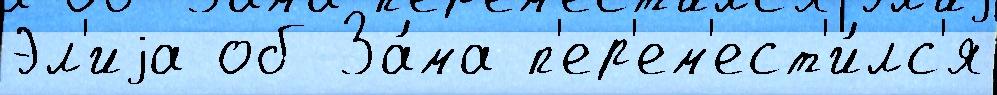
Эл'иjа об За́ма п'ер'ем'ест'и́лс'я